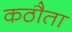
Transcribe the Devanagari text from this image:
कठौता